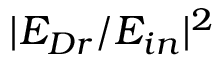
| E _ { D r } / E _ { i n } | ^ { 2 }